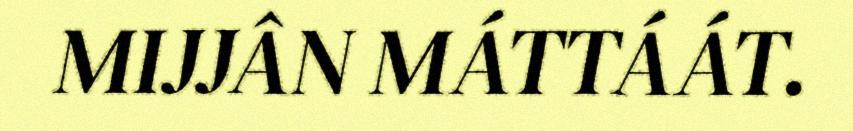
MIJJÂN MÁTTÁÁT.